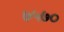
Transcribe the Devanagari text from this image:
७५७०